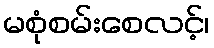
မစုံစမ်းစေလင့်၊